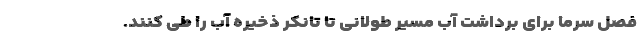
فصل سرما برای برداشت آب مسیر طولانی تا تانکر ذخیره آب را طی کنند.